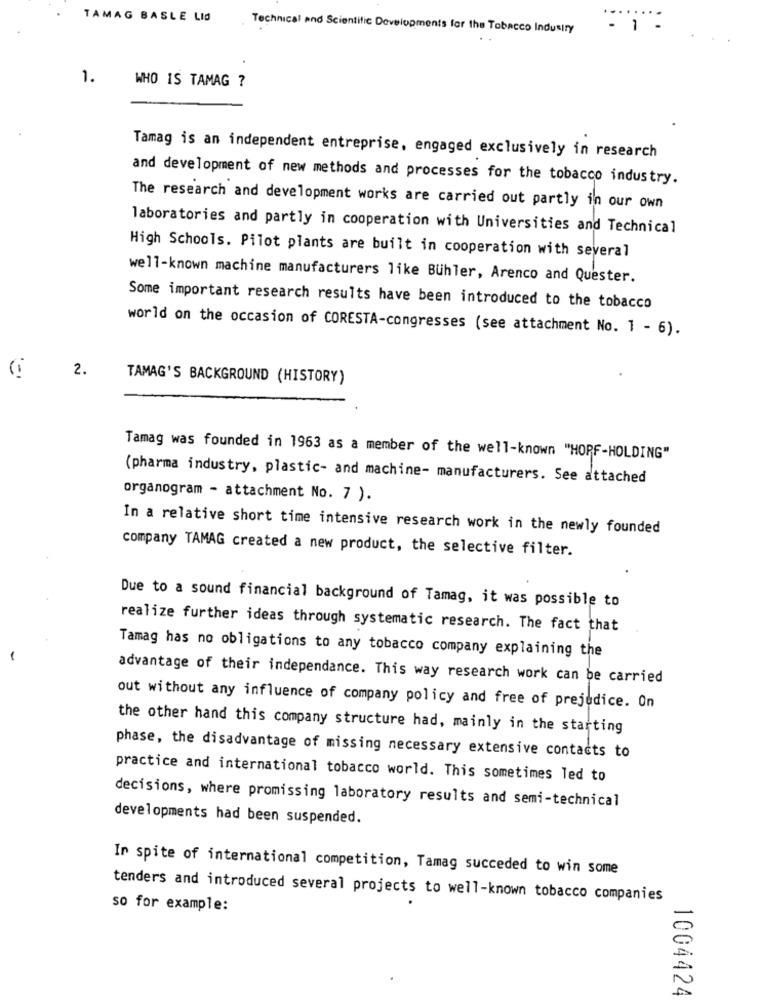
TAMAG BASLE LID
Technical and Scientific Developments for the Tobacco Industry
- 1 -
1.
WHO IS TAMAG ?
Tamag is an independent entreprise, engaged exclusively in research
and development of new methods and processes for the tobacco industry.
The research and development works are carried out partly in our own
laboratories and partly in cooperation with Universities and Technical
High Schools. Pilot plants are built in cooperation with several
well-known machine manufacturers like Buhler, Arenco and Quester.
Some important research results have been introduced to the tobacco
world on the occasion of CORESTA-congresses (see attachment No. 1 - 6).
2.
TAMAG'S BACKGROUND (HISTORY)
Tamag was founded in 1963 as a member of the well-known "HOPF-HOLDING"
(pharma industry, plastic- and machine- manufacturers. See attached
organogram - attachment No. 7 ).
In a relative short time intensive research work in the newly founded
company TAMAG created a new product, the selective filter.
Due to a sound financial background of Tamag, it was possible to
realize further ideas through systematic research. The fact that
Tamag has no obligations to any tobacco company explaining the
advantage of their independance. This way research work can be carried
out without any influence of company policy and free of prejudice. On
the other hand this company structure had, mainly in the starting
phase, the disadvantage of missing necessary extensive contacts to
practice and international tobacco world. This sometimes led to
decisions, where promissing laboratory results and semi-technical
developments had been suspended.
In spite of international competition, Tamag succeded to win some
tenders and introduced several projects to well-known tobacco companies
so for example:
1004424